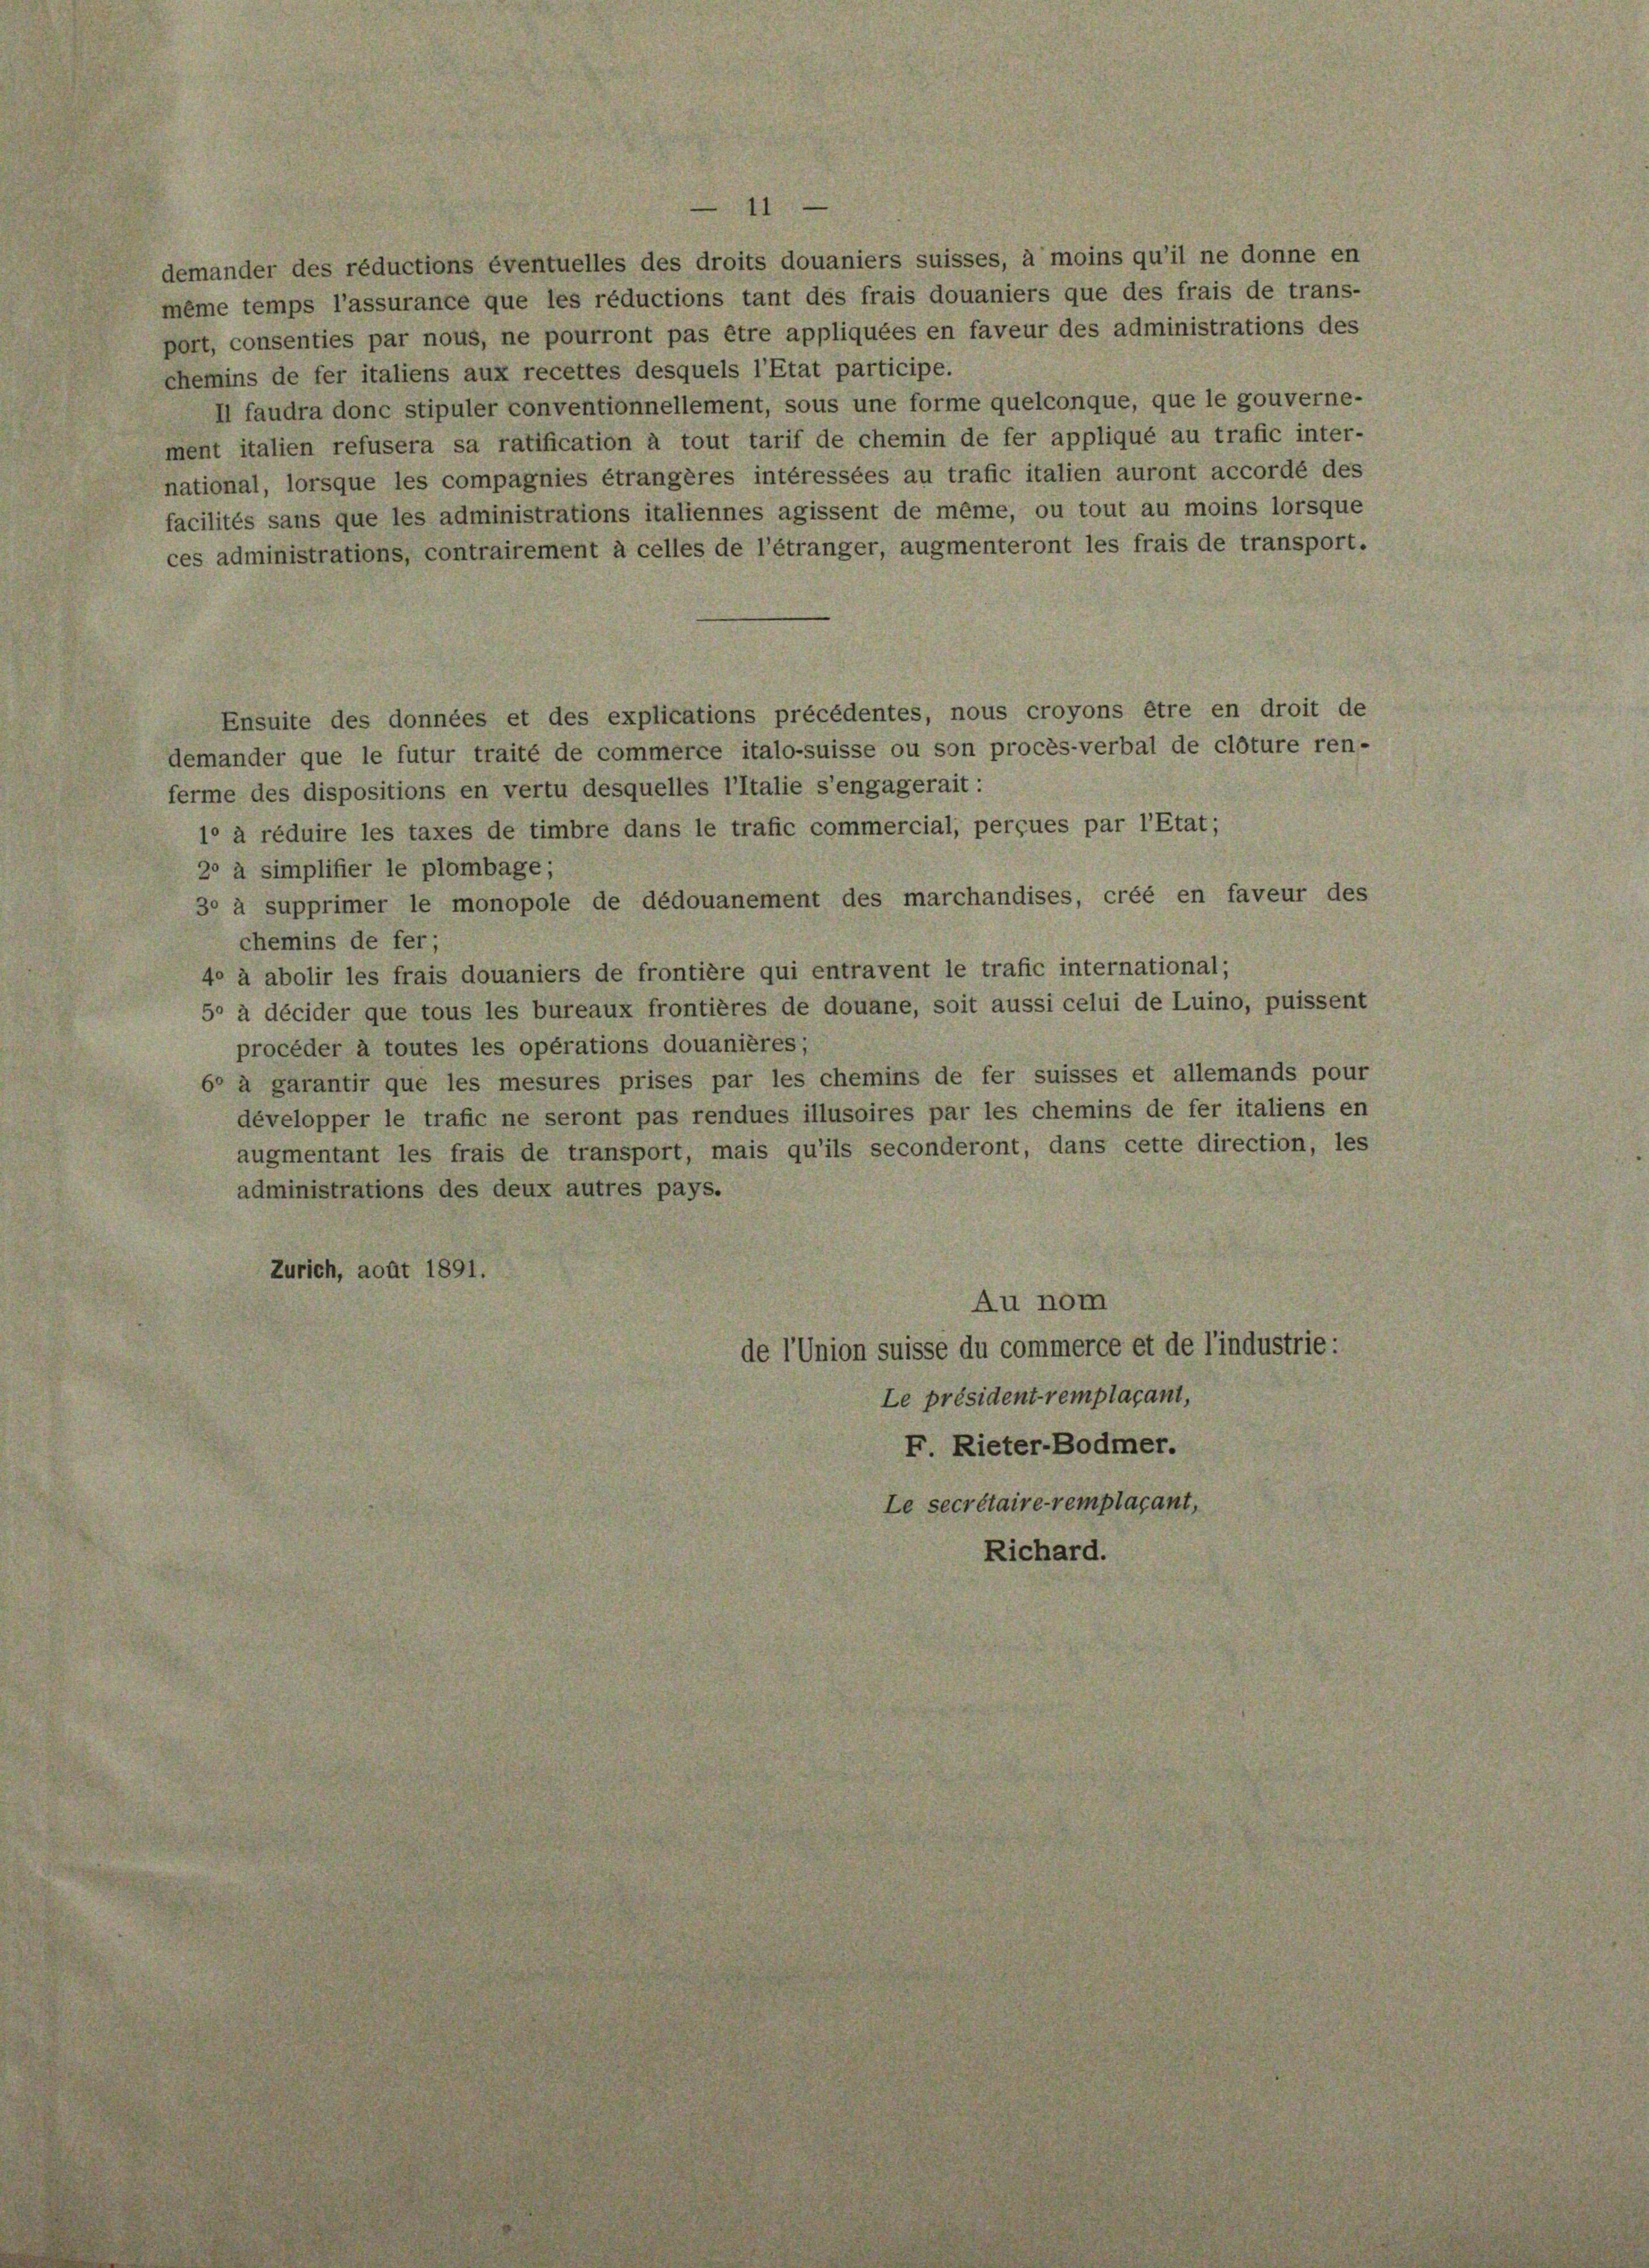
demander des réductions éventuelles des droits douaniers suisses, à moins qu’il ne donne en
même temps l’assurance que les réductions tant des frais douaniers que des frais de trans-
port, consenties par nous, ne pourront pas être appliquées en faveur des administrations des
chemins de fer italiens aux recettes desquels l’Etat participe.
Il faudra donc stipuler conventionnellement, sous une forme quelconque, que le gouverne-
ment italien refusera sa ratification à tout tarif de chemin de fer appliqué au trafic inter-
national, lorsque les compagnies étrangères intéressées au trafic italien auront accordé des
facilités sans que les administrations italiennes agissent de même, ou tout au moins lorsque
ces administrations, contrairement à celles de l’étranger, augmenteront les frais de transport.
Ensuite des données et des explications précédentes, nous croyons être en droit de
demander que le futur traité de commerce italo-suisse ou son procès-verbal de clôture ren-
ferme des dispositions en vertu desquelles l’Italie s’engagerait :
1° à réduire les taxes de timbre dans le trafic commercial, perçues par l’Etat;
20 à simplifier le plombage;
30 à supprimer le monopole de dédouanement des marchandises, créé en faveur des
chemins de fer;
40 à abolir les frais douaniers de frontière qui entravent le trafic international;
50 à décider que tous les bureaux frontières de douane, soit aussi celui de Luino, puissent
procéder à toutes les opérations douanières;
6° à garantir que les mesures prises par les chemins de fer suisses et allemands pour
développer le trafic ne seront pas rendues illusoires par les chemins de fer italiens en
augmentant les frais de transport, mais qu’ils seconderont, dans cette direction, les
administrations des deux autres pays.
Zürich, août 1891.
F. Rieter-Bodmer.
Le secrétaire remplaçant,
Richard.

Au nom
de l’union suisse du commerce et de l’industrie:
Le président remplaçant,